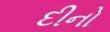
દીનો